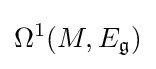
\Omega ^{1}(M,E_{\mathfrak {g}})